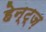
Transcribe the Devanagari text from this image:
हेन्ट्ज़